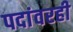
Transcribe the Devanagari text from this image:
पदांवरही